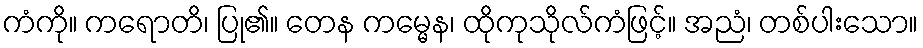
ကံကို။ ကရောတိ၊ ပြု၏။ တေန ကမ္မေန၊ ထိုကုသိုလ်ကံဖြင့်။ အညံ၊ တစ်ပါးသော။